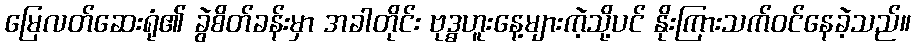
မြေလတ်ဆေးရုံ၏ ခွဲစိတ်ခန်းမှာ အခါတိုင်း ဗုဒ္ဓဟူးနေ့များကဲ့သို့ပင် နိုးကြားသက်ဝင်နေခဲ့သည်။